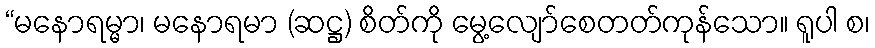
“မနောရမ္မာ၊ မနောရမာ (ဆဋ္ဌ) စိတ်ကို မွေ့လျော်စေတတ်ကုန်သော။ ရူပါ စ၊